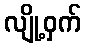
လျို့ဝှက်